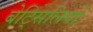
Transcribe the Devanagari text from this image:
बेट्सिलियो